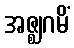
အဇ္ဈဂမိံ